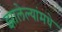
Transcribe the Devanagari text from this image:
झालेल्यांमधे